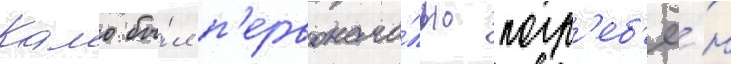
Камо бы́л п'ервонача́льно погр'еб'ё́н